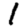
Digit: 1